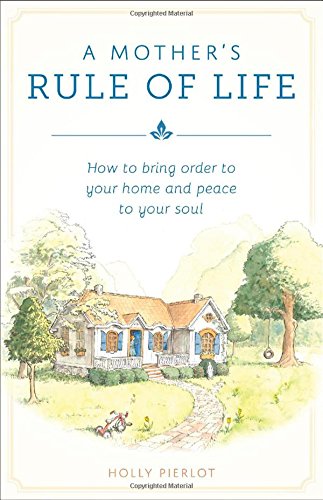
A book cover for A Mother's Rule of Life: How to Bring Order to Your Home and Peace to Your Soul; Holly Pierlot; Christian Books & Bibles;